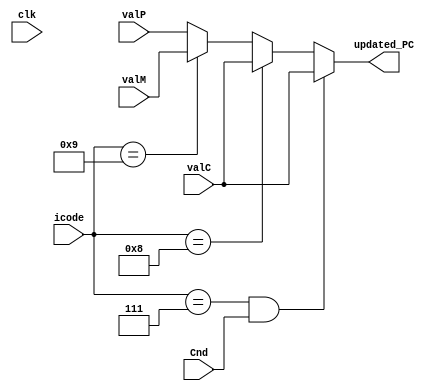
module pc_update(clk, icode, Cnd, valC, valM, valP, updated_PC); 
    input clk;
    input [3:0] icode; 
    input Cnd; 
    input [63:0] valC, valP, valM; 
    output reg [63:0] updated_PC; 
    
always @(*) begin

    if(icode == 4'h7 && Cnd == 1)   //jXX
        updated_PC = valC; 

    else if(icode == 4'h8)      //call
        updated_PC = valC; 

    else if(icode == 4'h9)      //ret
        updated_PC = valM; 

    else 
        updated_PC = valP; 

end

endmodule